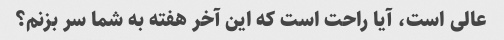
عالی است، آیا راحت است که این آخر هفته به شما سر بزنم؟